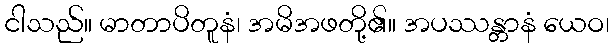
ငါသည်။ မာတာပိတူနံ၊ အမိအဖတို့၏။ အပဿန္တာနံ ယေဝ၊